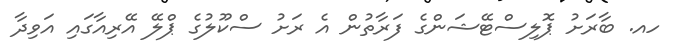
ހއ. ބާރަށު ޕޮލިސްޓޭޝަންގެ ފަރާތުން އެ ރަށު ސްކޫލުގެ ޕްލޭ އޭރިއާގައި އަވިދާ